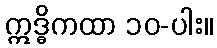
ဣဒ္ဓိကထာ ၁၀-ပါး။